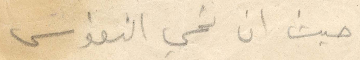
حيث ان نحي النفوس